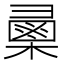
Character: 𢑯